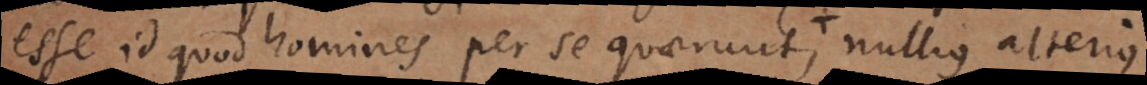
esse id quod homines per se quaerunt, nullius alterius